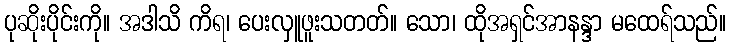
ပုဆိုးပိုင်းကို။ အဒါသိ ကိရ၊ ပေးလှူဖူးသတတ်။ သော၊ ထိုအရှင်အာနန္ဒာ မထေရ်သည်။